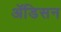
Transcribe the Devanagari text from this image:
ॲडिसन